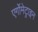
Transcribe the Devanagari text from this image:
एर्गोमेट्राइन